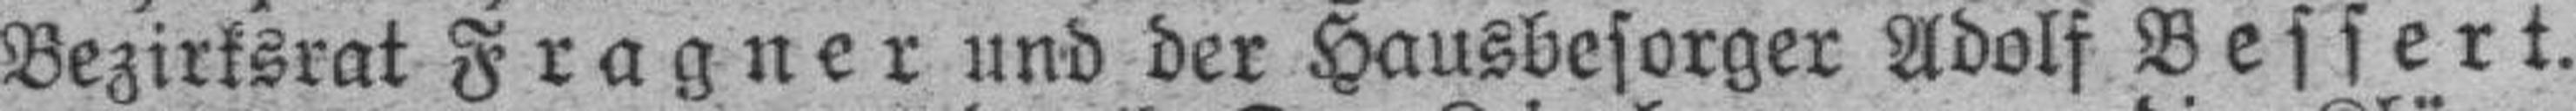
Bezirksrat Fragner und der Hausbesorger Adolf Bessert.